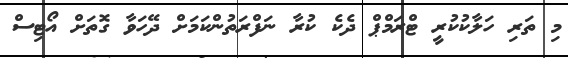
މި ތަރި ހަލާކުކުރީ ޓްރަމްޕް ދެކެ ކުރާ ނަފްރަތުންކަމަށް ދޭހަވާ ގޮތަށް އޯޓިސް